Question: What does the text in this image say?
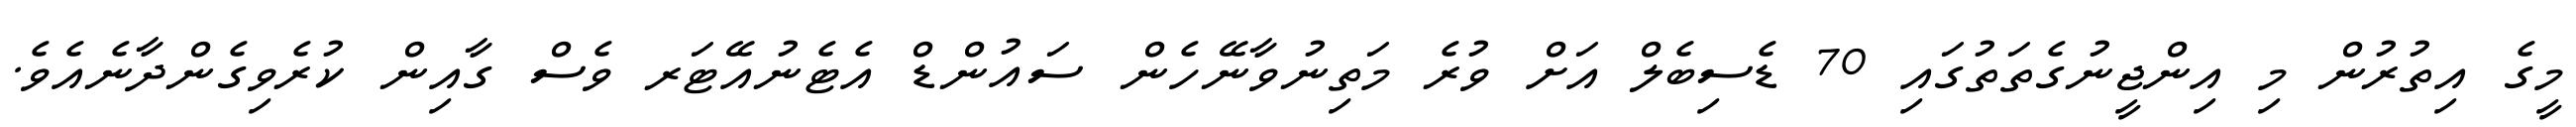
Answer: މީގެ އިތުރުން މި އިންޖީނުގެތަތުގައި 70 ޑެސިބެލް އަށް ވުރެ މަތިނުވާނޭހެން ސައުންޑް އެޓެނުއޭޓަރ ވެސް ގާއިން ކުރެވިގެންދާނެއެވެ.